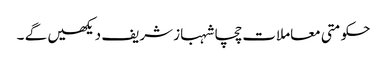
حکومتی معاملات چچا شہباز شریف دیکھیں گے ۔